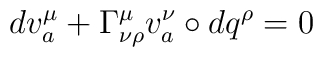
dv^{\mu}_{a}+\Gamma^{\mu}_{\nu\rho}v^{\nu}_{a}\circ dq^{\rho}=0